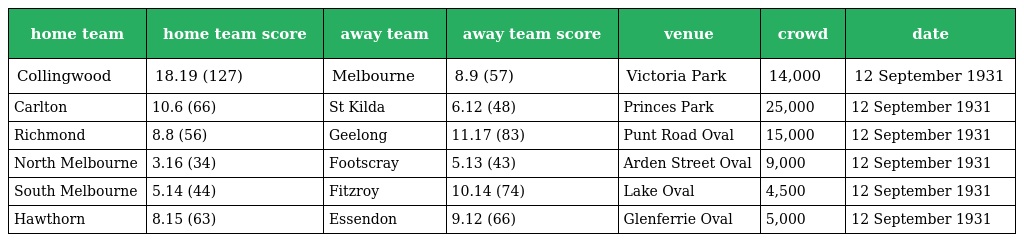
| home team | home team score | away team | away team score | venue | crowd | date |
 | --- | --- | --- | --- | --- | --- | --- |
 | Collingwood | 18.19 (127) | Melbourne | 8.9 (57) | Victoria Park | 14,000 | 12 September 1931 |
 | Carlton | 10.6 (66) | St Kilda | 6.12 (48) | Princes Park | 25,000 | 12 September 1931 |
 | Richmond | 8.8 (56) | Geelong | 11.17 (83) | Punt Road Oval | 15,000 | 12 September 1931 |
 | North Melbourne | 3.16 (34) | Footscray | 5.13 (43) | Arden Street Oval | 9,000 | 12 September 1931 |
 | South Melbourne | 5.14 (44) | Fitzroy | 10.14 (74) | Lake Oval | 4,500 | 12 September 1931 |
 | Hawthorn | 8.15 (63) | Essendon | 9.12 (66) | Glenferrie Oval | 5,000 | 12 September 1931 |